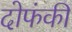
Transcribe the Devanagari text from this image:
दोफंकी